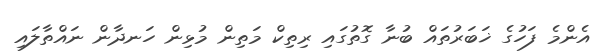
އެންމެ ފަހުގެ ޚަބަރުތައް ބުނާ ގޮތުގައި ރިތިކް މަތިން މުޅިން ހަނދާން ނައްތާލައި